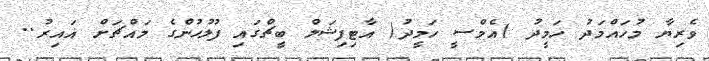
ވެރިޔާ މުހައްމަދު ހަމީދު )އެމްސީ ހަމީދު( އާޓިފިޝަލް ބީޗްގައި ފުލުހުންގެ މައްޗަށް ޣައިރު..